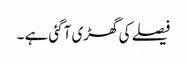
فیصلے کی گھڑی آگئی ہے ۔